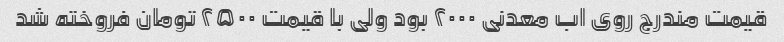
قیمت مندرج روی اب معدنی ۲۰۰۰ بود ولی با قیمت ۲۵۰۰ تومان فروخته شد